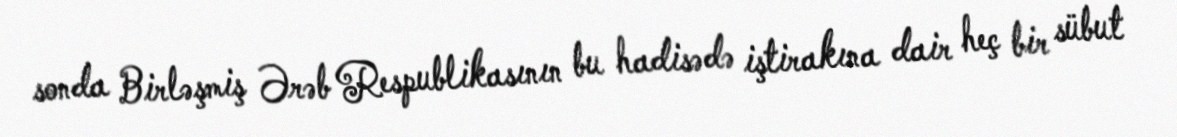
sonda Birləşmiş Ərəb Respublikasının bu hadisədə iştirakına dair heç bir sübut